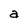
Character: a